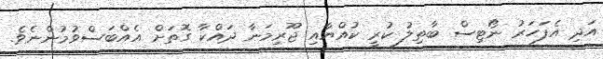
އަދި އެފަހަރު ނޯޓިސް ބާތިލު ކުރީ ކުއްޔާއި ޖޫރިމަނާ ދައްކާ ގޮތަށް އެއްބަސްވުމުންނެވެ.